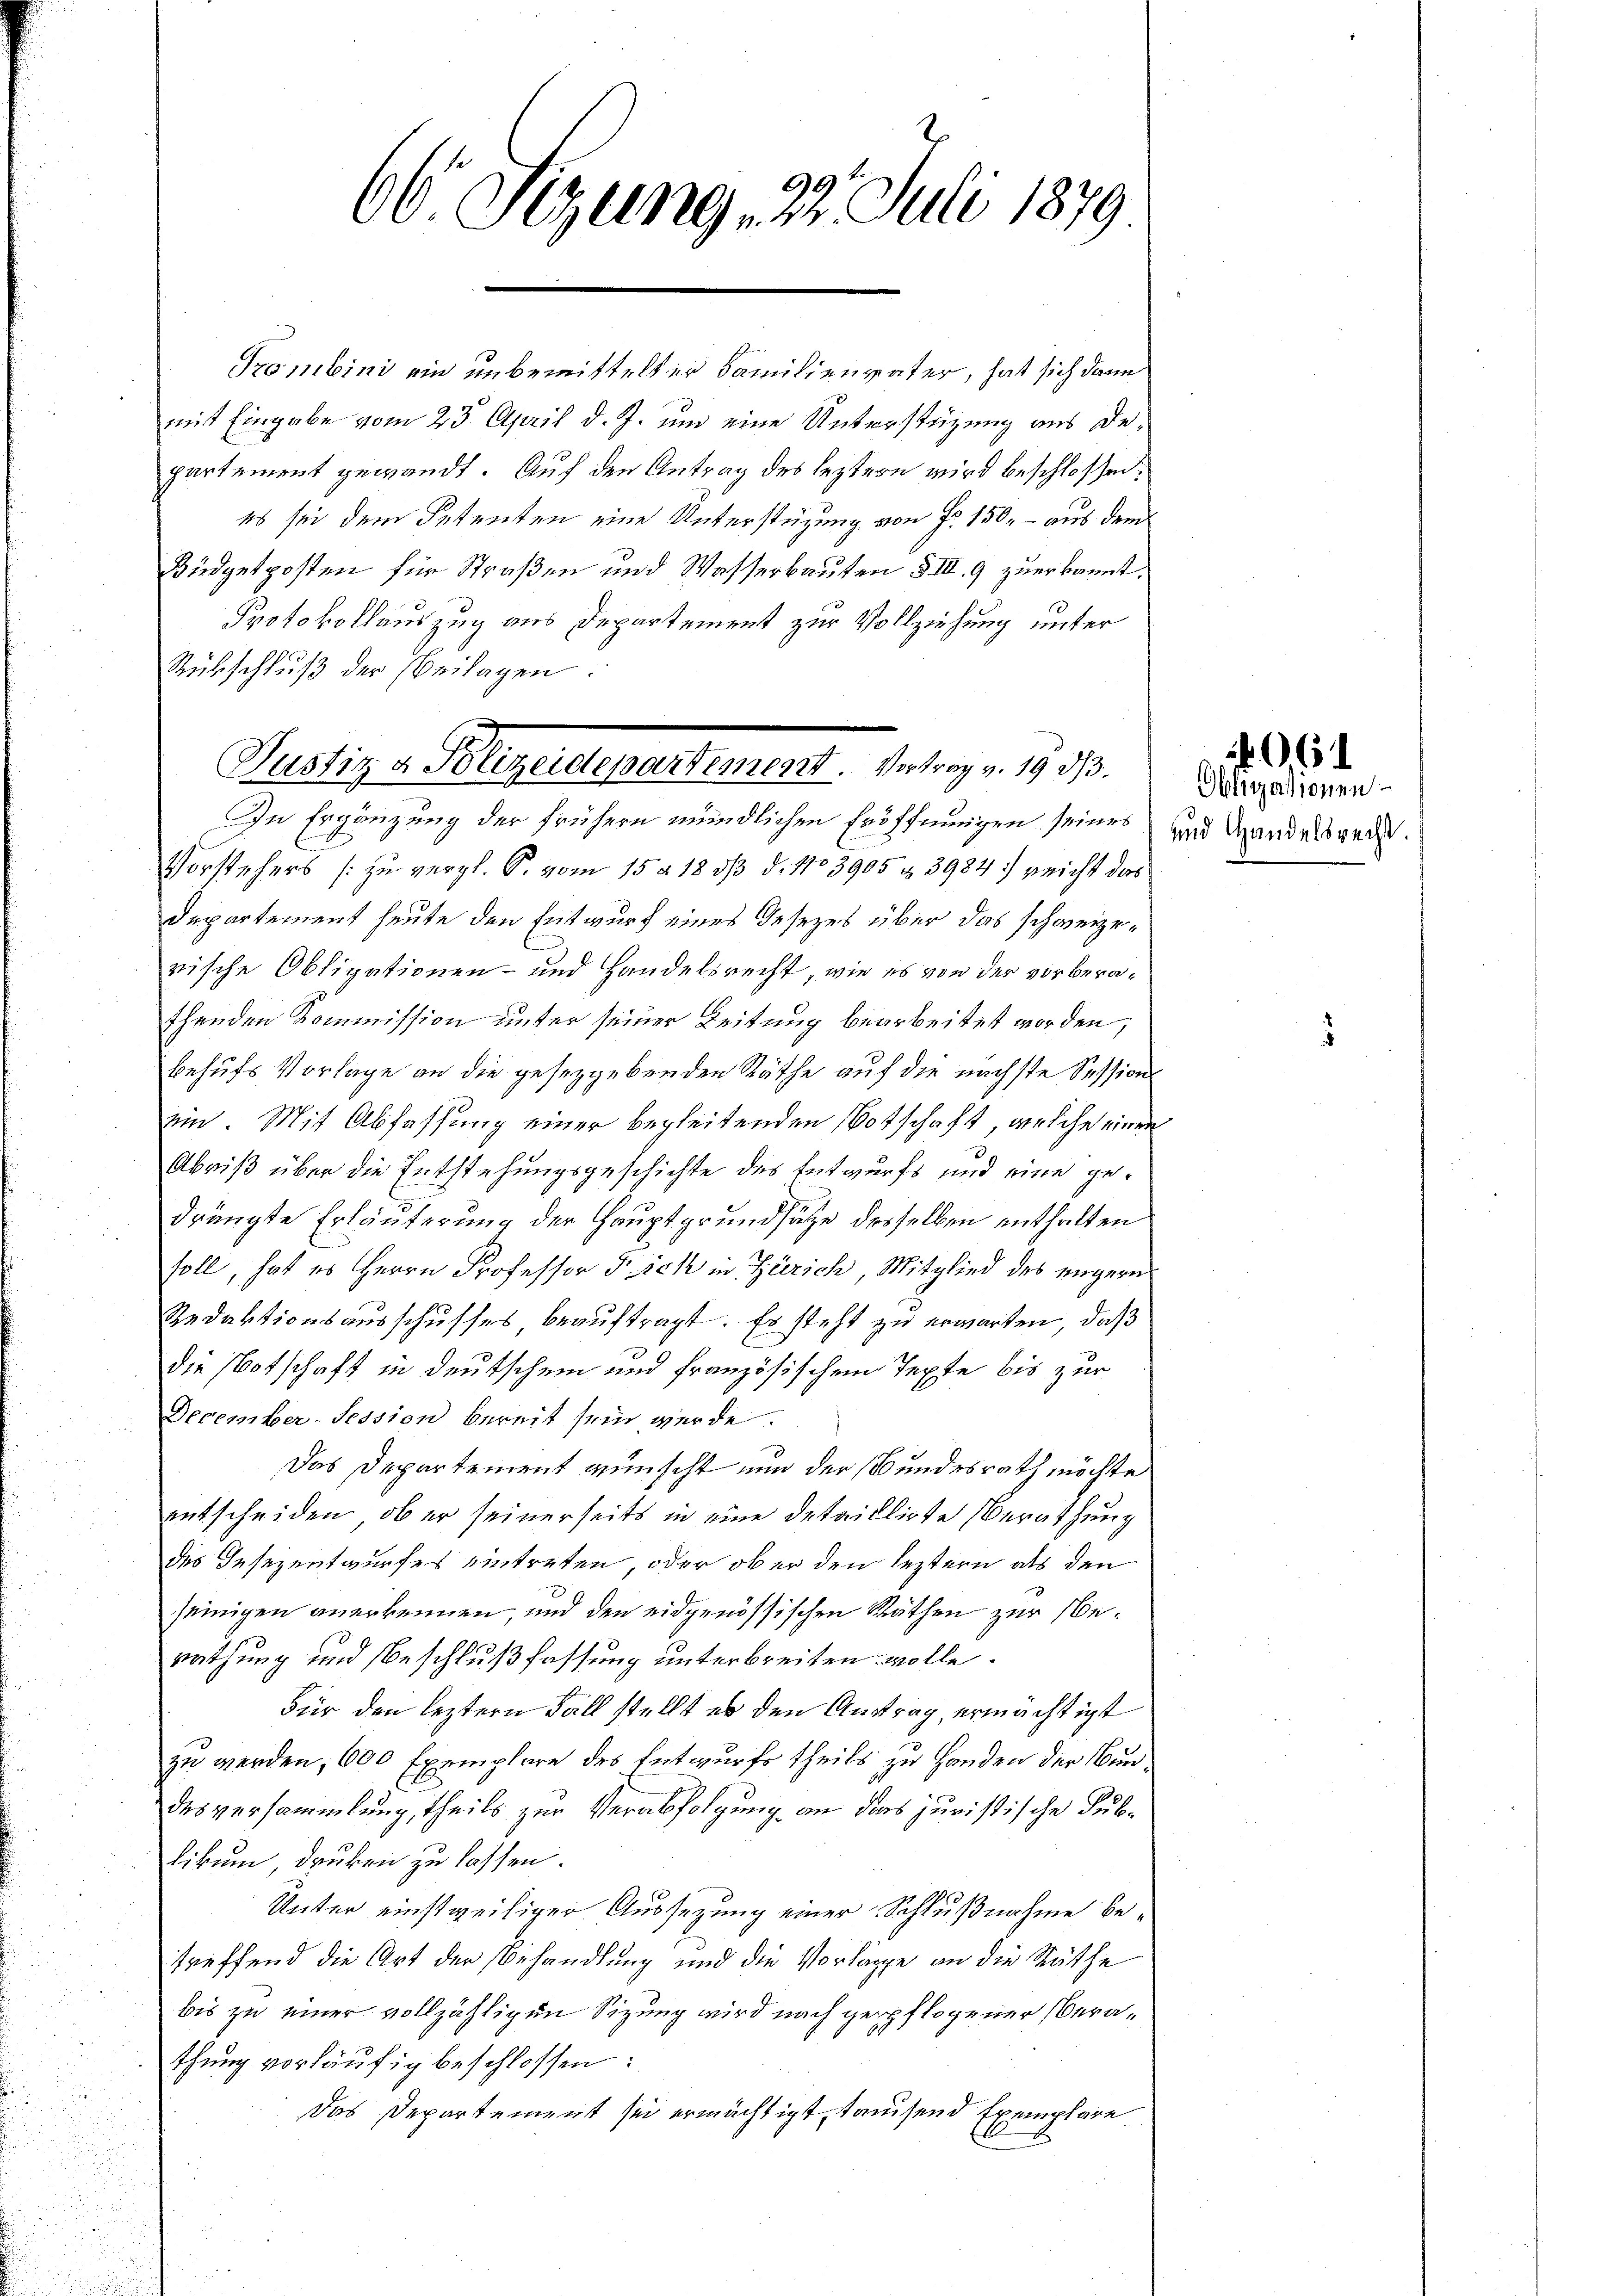
66 Sizung 22. Juli 1879

Trombini ein unbemittelter Familienvater, hat sich dann
mit Eingabe vom 23. April d. J. um eine Unterstüzung aus Departement gewandt. Auf den Antrag des leztern wird beschlossen:
es sei dem Petenten eine Unterstüzung von Fr. 150, – aus dem
Büdgetposten für Straßen und Wasserbauten § III. 9 zuerkannt.
Protokollauszug aus Departement zur Vollziehung unter
Rübschluß der beilagen.
In Ergänzung der frühern mündlichen Eröffnungen seines
Vorstehers [zu vergl. P. vom 15. d. 18 1/3 d. No 3905 & 3984: reicht das
Departement heute den Entwurf eines Gesezes über das schweize¬
E
rische Obligationen- und Handelsrecht, wie es von der vorberathenden Kommission unter seiner Leitung bearbeitet worden,
behufs Vorlage an die gesetzgebenden Räthe auf die nächste Sessions
ein. Mit Abfassung einer begleitenden Botschaft, welche einen
Abniß über die Entstehungsgeschichte des Entwurfs und eine gedrängte Erläuterung der Hauptgrundsätze desselben enthalten
soll, hat es Herrn Professor Pick in Zürich, Mitglied des engern
Redaktionsausschusses beauftragt. Er steht zu erwarten, daß
die Botschaft in Deutschen und französischem Texte bis zur
December-Session bereit sein werde.
Das Departement wünscht nun der Bundesrath möchte
entscheiden, ob er seinerseits in eine detaillirte Berathung
des Gesezentwurfes eintreten, oder ober den leztern als den
seinigen anerkennen und den eidgenössischen Räthen zur Nerathung und Beschlußfassung unterbreiten wolle.
Für den leztern Fall stellt es den Antrag, ermächtigt
zu werden, 600 Exemplare des Entwurfs theils zu Handen der Bundesversammlung, theils zur Verabfolgung an das juristische Sublikum, druken zu lassen.
Unter einstweiliger Aussezung einer Schlußnahme betreffend die Ort der Behandlung und die Vorlage an die Räthe
bis zu einer vollzähligen Sizung wird nach gepflogener Oberathung vorläŭfig beschlossen:
Das Departement sei ermächtigt, tausend Exemplare

Paolina Bleulementement. Antrage 1910.

und Handelsrecht.

6
Obligationen